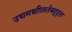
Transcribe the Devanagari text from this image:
उद्यमशीलतेबद्द्ल